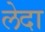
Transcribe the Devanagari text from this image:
लेदा